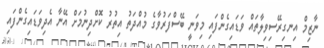
ނާޒިމް އިނގިރޭސިވިލާތައް ވަޑައިގެންފައި މިވަނީ ބޭސްފަރުވާގެ މުއްދަތު އިތުރު ކޮށްދިނުމަށް އޭނާ އެދިވަޑައިގެންފައި